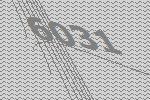
6031